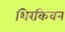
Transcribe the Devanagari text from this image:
शिरकिवन